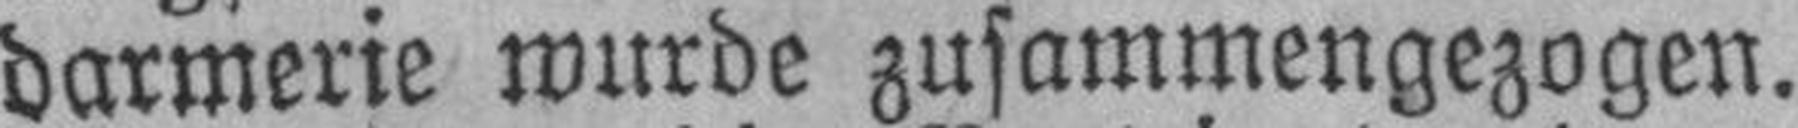
darmerie wurde zusammengezogen.